King Institute of Preventive Medicine Micro-Biological Section reports 1912-19
Year: 1912
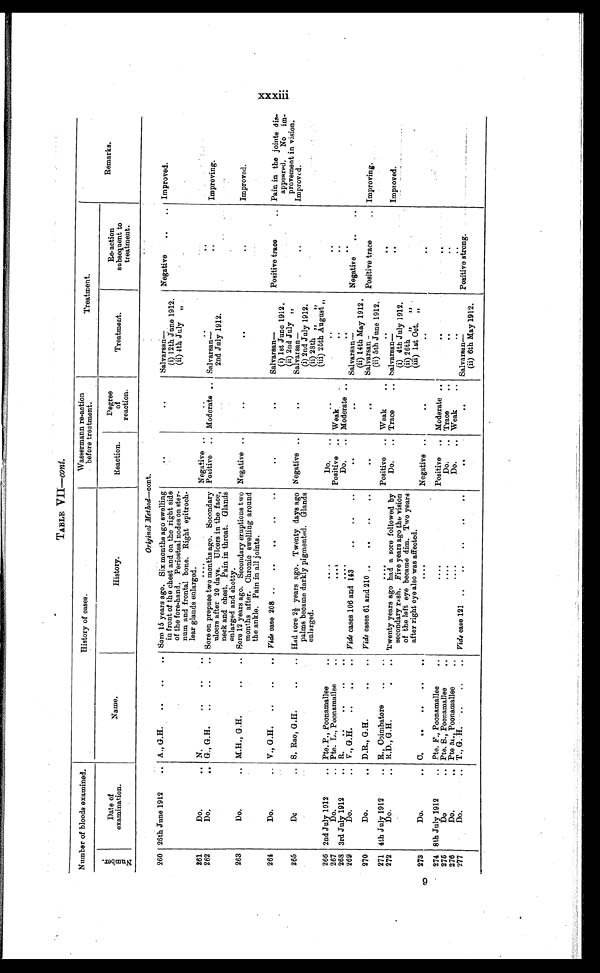
TABLE VII— cont.
Number of bloods examined.
History of cases.
Wassermann re-action
before treatment.
Treatment.
Remarks.
N u m b e r .
Date of
examination.
Name.
History.
Reaction.
Degree
of
reaction.
Treatment.
Re-action
subsequent to
treatment.
Original Method—cont.
260 26th June 1912
A., G.H. . . .
Sore 15 years ago. Six months ago swelling
in front of the chest and on the right side
of the fore-hand. Periosteal nodes on ster
-num and frontal bone. Right epitroch
-
lear glands enlarged.
. . .
Sa l va r s a n—
Negative . . .
Improved.
(i) 12th June 1912.
(ii) 4th July
"
261
Do. . . .
N. . . .
. . .
Negative . . .
. . .
. . .
. . .
Improving.
262
Do. . . .
G., G.H. . . .
Sore on prepuce two months ago. Secondary
ulcers after 20 days. Ulcers in the face,
neck and chest. Pain in throat. Glands
enlarged and shotty.
Positive . . .
Moderate . . .
Sa l va r s a n—
. . .
2nd July 1912.
Negative . . .
263
Do. . . .
M.H., G.H. . . .
Sore 12 years ago. Secondary eruptions two
months after. Chronic swelling around
the ankle. Pain in all joints.
. . .
. . .
. . .
Improved.
264
Do. . . .
V., G.H. . . .
Vide case 208 . . .
. . .
. . .
Sa l va r s a n—
Positive trace . . .
Pain in the joints dis
-
appeared.
No im
-
(i) 1st June 1912.
265
Do. . . .
S. Rao, G.H. . . .
Had sore 2½ years ago. Twenty days ago
palms became darkly pigmented. Glands
enlarged.
Negative . . .
. . .
(ii) 2nd July "
. . .
provement in vision.
Improved.
Sa l va r s a n —
(i) 2nd July 1912.
(ii) 28th "
"
(iii) 25th August "
266 2nd July 1912 . . . Pte. P., Poonamallee . . .
. . .
Do. . . .
. . .
. . .
. . .
267
Do. . . .
Pte. L. Poonamallee
. . .
. . .
Positive
Weak . . .
. . .
. . .
268 3rd July 1912 . . .
R. . . .
. . .
Do. . . .
Moderate . . .
. . .
. . .
Sal var s an—
Negative . . .
269
Do. . . .
V., G.H. . . .
Vide cases 106 and 143 . . .
. . .
. . .
(ii) 14th May 1912.
270
Do. . . .
D.R., G.H. . . .
Vide cases 61 and 210 . . .
. . .
. . .
Positive trace . . .
Improving.
S a l v a r s a n —
(ii) 5th June 1912.
271 4th July 1912 . . .
R., Coimbatore . . .
. . .
Positive . . .
Weak . . .
. . .
. . .
272
Do. . . .
R.D., G.H. . . .
Twenty years ago had a sore followed by
secondary rash. Five years ago the vision
of the left eye became dim. Two years
after right eye also was affected.
Do. . . .
Trace . . .
Sal var san—
. . .
Improved.
(i) 4th July 1912.
(ii) 26th " "
(iii) 1st Oct. "
273
D o . . . .
C. . . .
. . .
Negative . . .
. . .
. . .
. . .
274 8th July 1912 . . .
Pte. F., Poonamallee . . .
. . .
Positive . . .
Moderate . . .
. . .
. . .
Pte. S., Poonamallee . . .
. . .
Do. . . .
Trace . . .
. . .
. . .
275
Do. . . .
276
Do. . . .
Pte M., Poonamallee . . .
. . .
Do. . . .
Weak . . .
. . .
. . .
Sal var s an—
277
Do. . . .
T., G.M. . . .
Vide case 121 . . .
. . .
. . .
Positive strong.
(ii) 6th May 1912.
xxxiii